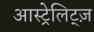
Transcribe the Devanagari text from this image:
आस्ट्रेलिट्ज़